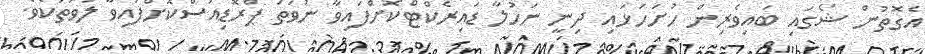
އެގޮތުން ޝޯގައި ބައިވެރިން ހުށަހަޅައި ދިނީ ނަހުލާ ޑައިރެކްޓްކޮށްފައިވާ ނުވަތަ ޕްރޮޑިއުސްކޮށްފައިވާ ލަވަތަކެވެ.